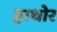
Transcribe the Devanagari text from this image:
हाथोर